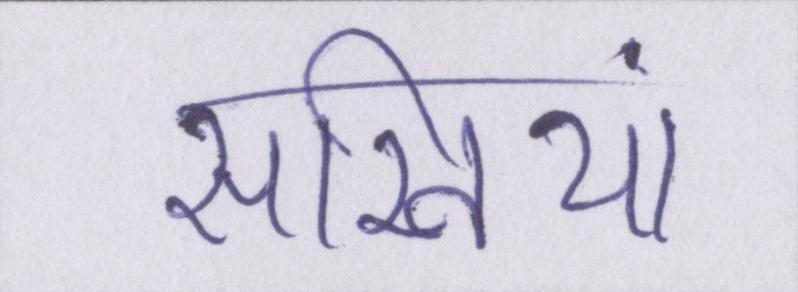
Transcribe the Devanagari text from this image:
सखियां